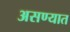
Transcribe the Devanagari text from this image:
असण्यात